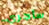
سأجري